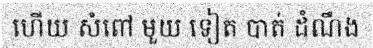
ហើយ សំពៅ មួយ ទៀត បាត់ ដំណឹង